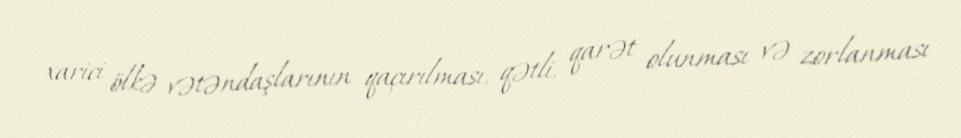
xarici ölkə vətəndaşlarının qaçırılması, qətli, qarət olunması və zorlanması